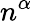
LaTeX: n^{\alpha}